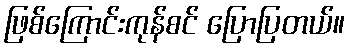
ဖြစ်ကြောင်းကုန်စင် ပြောပြတယ်။